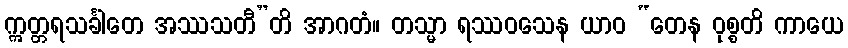
ဣတ္တရသင်္ခါတေ အဿသတီ”တိ အာဂတံ။ တသ္မာ ရဿဝသေန ယာဝ “တေန ဝုစ္စတိ ကာယေ